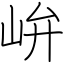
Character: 峅